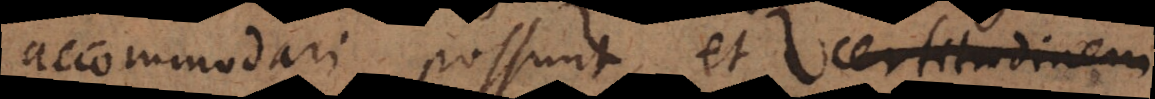
accommodari possunt, et ce